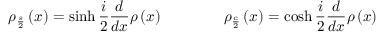
\rho _ { \frac { s } { 2 } } \left( x \right) = \sinh \frac { i } { 2 } \frac { d } { d x } \rho \left( x \right) \qquad \qquad \rho _ { \frac { c } { 2 } } \left( x \right) = \cosh \frac { i } { 2 } \frac { d } { d x } \rho \left( x \right)